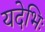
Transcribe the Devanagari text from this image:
यदेभिः